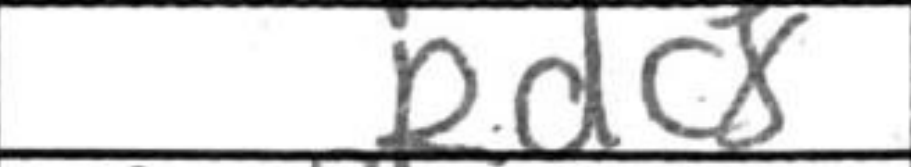
Transcription: Rdc8